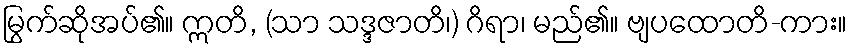
မြွက်ဆိုအပ်၏။ ဣတိ, (သာ သဒ္ဒဇာတိ၊) ဂိရာ၊ မည်၏။ ဗျပထောတိ-ကား။